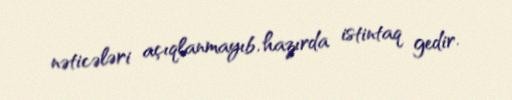
nəticələri açıqlanmayıb, hazırda istintaq gedir.